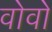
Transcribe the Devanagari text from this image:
वोवो